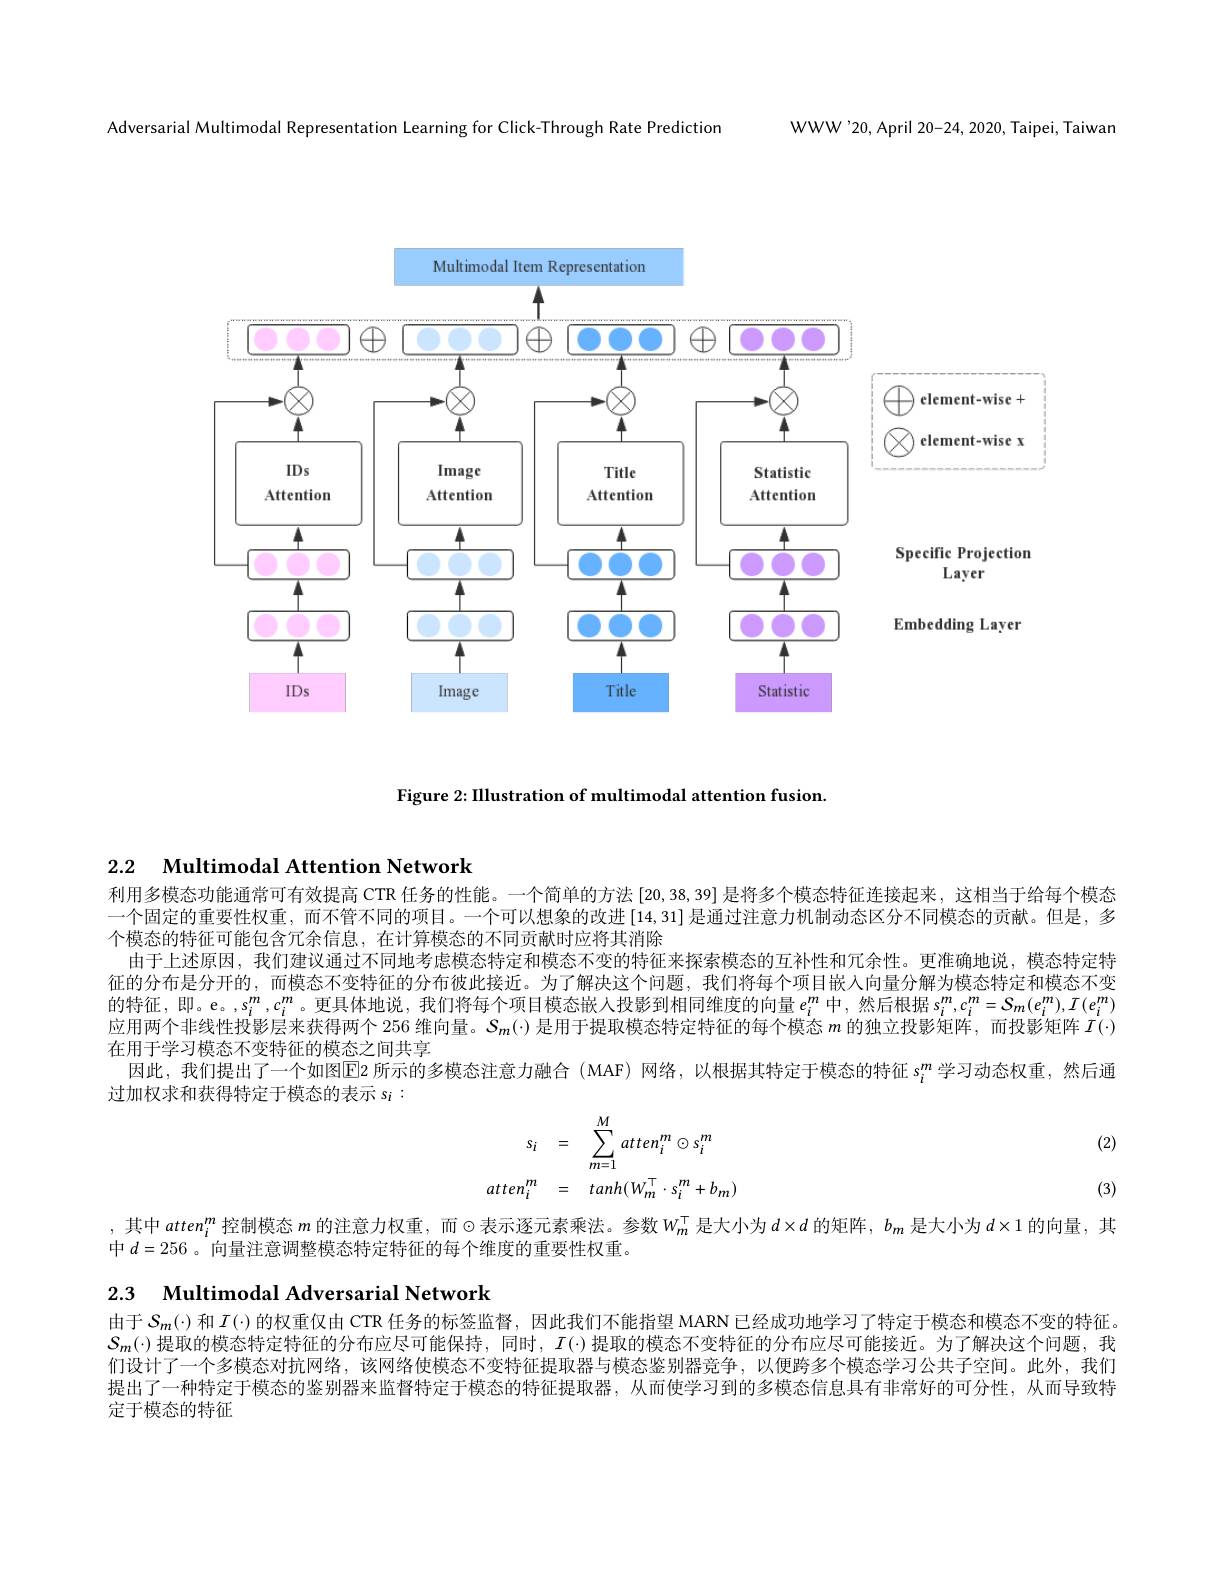
WWW'20, April 20-24, 2020, Taipei, Taiwan

Adversarial Multimodal Representation Learning for Click-Through Rate Prediction

<FigureHere>

Figure 2: IIlustration of multimodal attention fusion.

### 2.2 Multimodal Attention Network

利用多模态功能通常可有效提高 CTR 任务的性能。一个简单的方法 [20,38,39] 是将多个模态特征连接起来，这相当于给每个模态一个固定的重要性权重，而不管不同的项目。一个可以想象的改进[14,31]是通过注意力机制动态区分不同模态的贡献。但是，多个模态的特征可能包含冗余信息，在计算模态的不同贡献时应将其消除
由于上述原因，我们建议通过不同地考虑模态特定和模态不变的特征来探索模态的互补性和冗余性。更准确地说，模态特定特征的分布是分开的，而模态不变特征的分布彼此接近。为了解决这个问题，我们将每个项目嵌人向量分解为模态特定和模态不变的特征，即。e。s$_i^m,c_i^m$。更具体地说，我们将每个项目模态嵌人投影到相同维度的向量$e_i^m$中，然后根据 $s_i^m,c_i^m=S_m(e_i^m),I(e_i^m)$ 应用两个非线性投影层来获得两个 256 维向量。$S_m(\cdot)$是用于提取模态特定特征的每个模态$m$的独立投影矩阵，而投影矩阵$\dot{I}(\cdot)$ 在用于学习模态不变特征的模态之间共享
因此，我们提出了一个如图E2 所示的多模态注意力融合 (MAF)网络，以根据其特定于模态的特征$s_i^m$ 学习动态权重，然后通
过加权求和获得特定于模态的表示$s_i:$

(2)
$$s_{i}=\sum_{m=1}^{M}atten_{i}^{m}\odot s_{i}^{m}\\atten_{i}^{m}=\quad tanh(W_{m}^{\top}\cdot s_{i}^{m}+b_{m})$$
(3)

,其中$atten_i^m$控制模态$m$的注意力权重，而$\odot$表示逐元素乘法。参数$W_m^\mathrm{T}$是大小为$d\times d$的矩阵，$b_m$是大小为$d\times1$的向量，其
中$d=256$ 。向量注意调整模态特定特征的每个维度的重要性权重。

2.3 $\textbf{Multimodal Adversarial Network}$

由于$S_m(\cdot)$ 和$I(\cdot)$ 的权重仅由 CTR 任务的标签监督，因此我们不能指望 MARN 已经成功地学习了特定于模态和模态不变的特征。$S_m(\cdot)$提取的模态特定特征的分布应尽可能保持，同时，$I(\cdot)$提取的模态不变特征的分布应尽可能接近。为了解决这个问题，我们设计了一个多模态对抗网络，该网络使模态不变特征提取器与模态鉴别器竞争，以便跨多个模态学习公共子空间。此外，我们提出了一种特定于模态的鉴别器来监督特定于模态的特征提取器，从而使学习到的多模态信息具有非常好的可分性，从而导致特定于模态的特征